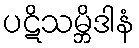
ပဋိသမ္ဘိဒါနံ